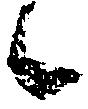
候